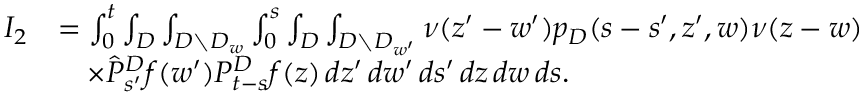
\begin{array} { r l } { I _ { 2 } } & { = \int _ { 0 } ^ { t } \int _ { D } \int _ { D \setminus D _ { w } } \int _ { 0 } ^ { s } \int _ { D } \int _ { D \setminus D _ { w ^ { \prime } } } \nu ( z ^ { \prime } - w ^ { \prime } ) p _ { D } ( s - s ^ { \prime } , z ^ { \prime } , w ) \nu ( z - w ) } \\ & { \quad \times \hat { P } _ { s ^ { \prime } } ^ { D } f ( w ^ { \prime } ) P _ { t - s } ^ { D } f ( z ) \, d z ^ { \prime } \, d w ^ { \prime } \, d s ^ { \prime } \, d z \, d w \, d s . } \end{array}